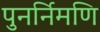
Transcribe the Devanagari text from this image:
पुनर्निमणि